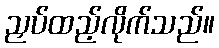
ညှပ်ထည့်လိုက်သည်။